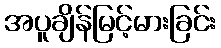
အပူချိန်မြင့်မားခြင်း